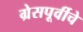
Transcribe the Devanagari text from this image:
ग्रेसपूर्वीचे